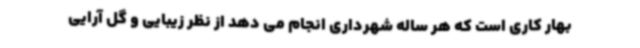
بهار کاری است که هر ساله شهرداری انجام می دهد از نظر زیبایی و گل آرایی